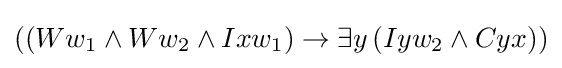
((Ww_{1}\land Ww_{2}\land Ixw_{1})\rightarrow \exists y\,(Iyw_{2}\land Cyx))